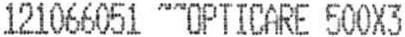
121066051 ~~OPTICARE 500X3